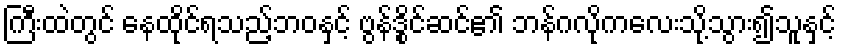
ကြီးထဲတွင် နေထိုင်ရသည့်ဘဝနှင့် ဗွန်ဒွိုင်ဆင်၏ ဘန်ဂလိုကလေးသို့သွား၍သူနှင့်